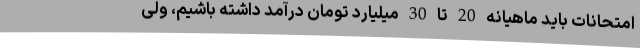
امتحانات باید ماهیانه 20 تا 30 میلیارد تومان درآمد داشته باشیم، ولی